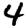
Digit: 4